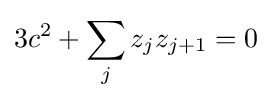
3c^{2}+\sum _{j}z_{j}z_{j+1}=0